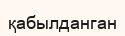
қабылданган